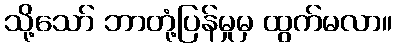
သို့သော် ဘာတုံ့ပြန်မှုမှ ထွက်မလာ။